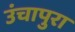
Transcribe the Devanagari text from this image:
उंचापुरा